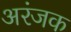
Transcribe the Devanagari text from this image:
अरंजक